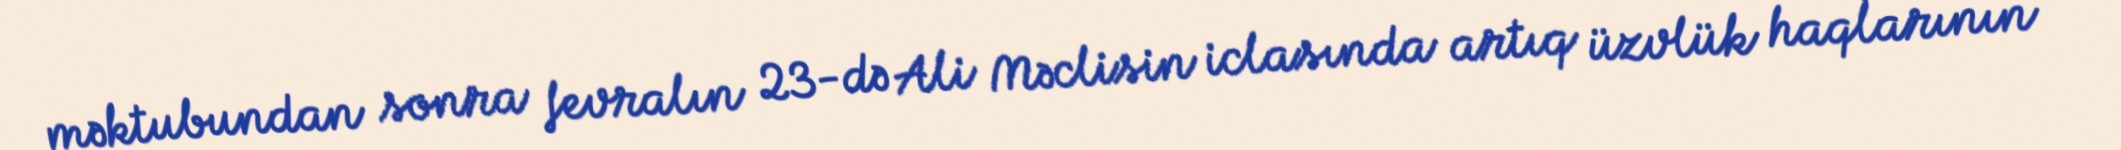
məktubundan sonra fevralın 23-də Ali Məclisin iclasında artıq üzvlük haqlarının